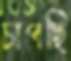
চাপছি